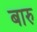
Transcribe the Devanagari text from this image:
बारु